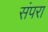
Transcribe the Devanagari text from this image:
संपरा